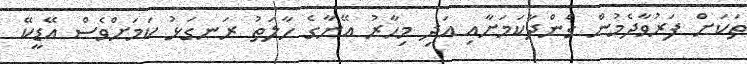
ތަކަށް ފަރުވާދެމުން ގެންދާކަމަށާއި އަދި މިހާރު އޭނާގެ ހާލަތު ރަނގަޅު ކަމަށްވެސް އޭޑީކޭ